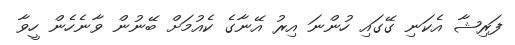
ފަރިޝާ އެކަނި ގޭގައި ހުންނަ އިރު އޭނާގެ ކެއުމަށް ބޭނުން ވާނެހެން ހީވާ